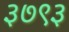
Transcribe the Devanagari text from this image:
३७९३